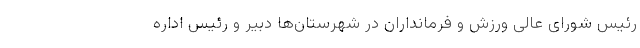
رئیس شورای عالی ورزش و فرمانداران در شهرستان‌ها دبیر و رئیس اداره